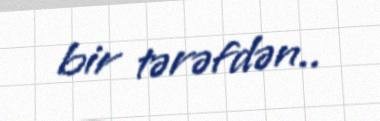
bir tərəfdən..